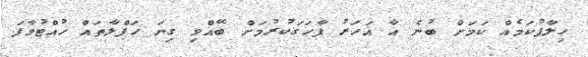
ހިލާފުކަމެއް ކަމަށް ބުނެ އާ އަހަރު ފާހަގަކުރުމަށް ބޭއްވި ގިނަ ހަފްލާތައް ހުއްޓުވާފަ